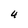
Character: 4